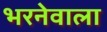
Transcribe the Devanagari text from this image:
भरनेवाला